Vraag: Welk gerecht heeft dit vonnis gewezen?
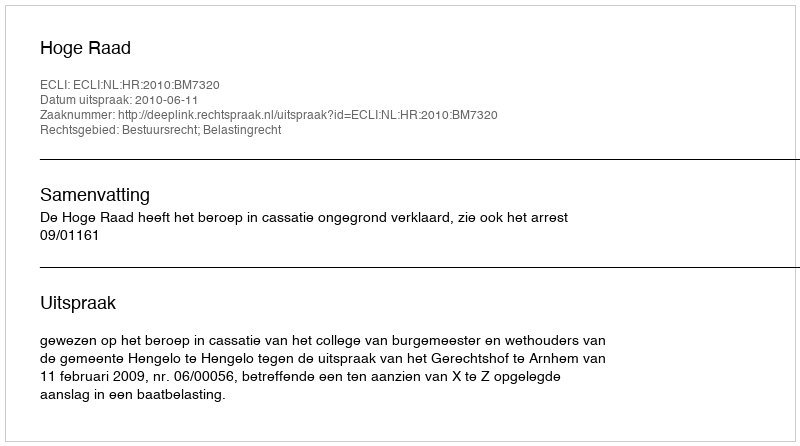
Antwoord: Hoge Raad